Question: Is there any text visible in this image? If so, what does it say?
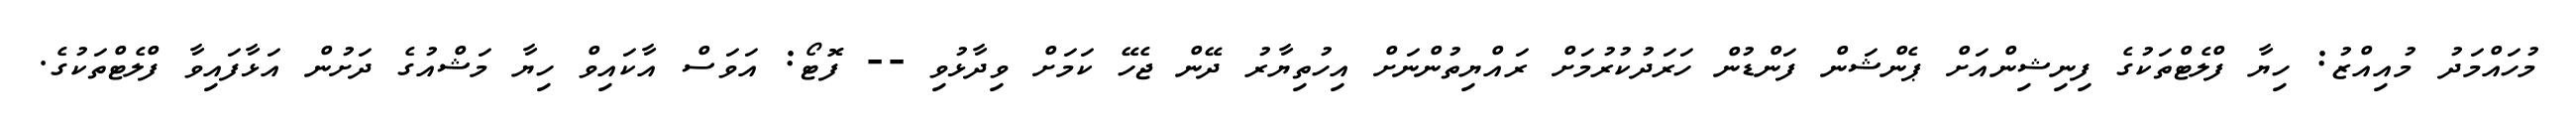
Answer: މުހައްމަދު މުއިއްޒު: ހިޔާ ފްލެޓްތަކުގެ ފިނިޝިންއަށް ޕެންޝަން ފަންޑުން ހަރަދުކުރުމަށް ރައްޔިތުންނަށް އިހުތިޔާރު ދޭން ޖެހޭ ކަމަށް ވިދާޅުވި -- ފޮޓޯ: އަވަސް އާކައިވް ހިޔާ މަޝްއުގެ ދަށުން އަޅާފައިވާ ފްލެޓްތަކުގެ.